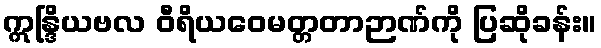
ဣန္ဒြိယဗလ ဝီရိယဝေမတ္တတာဉာဏ်ကို ပြဆိုခန်း။